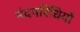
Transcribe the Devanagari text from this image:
मंदपरिधियों